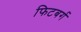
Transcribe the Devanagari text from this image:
फिटबर्ग